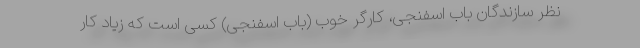
نظر سازندگان باب اسفنجی، کارگر خوب (باب اسفنجی) کسی است که زیاد کار